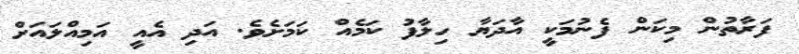
ފަރާތުން މިކަން ފެނުމަކީ އާދަޔާ ހިލާފު ކަމެއް ކަމަށެވެ. އަދި އެއީ އަމިއްލައަށް